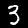
Label: 3